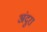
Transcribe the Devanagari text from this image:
अंदुरा